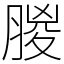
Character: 朡